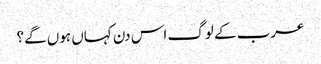
عرب کے لوگ اس دن کہاں ہوں گے؟